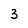
Character: 3